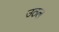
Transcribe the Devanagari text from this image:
उठल